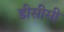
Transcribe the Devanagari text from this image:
डीसीसी